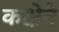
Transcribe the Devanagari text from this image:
कक्षेने